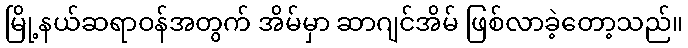
မြို့နယ်ဆရာဝန်အတွက် အိမ်မှာ ဆာဂျင်အိမ် ဖြစ်လာခဲ့တော့သည်။